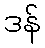
ဒန်